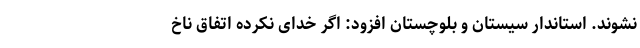
نشوند. استاندار سیستان و بلوچستان افزود: اگر خدای نکرده اتفاق ناخ